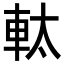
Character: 軚